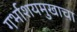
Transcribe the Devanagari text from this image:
गर्भाशयमुखाचा